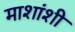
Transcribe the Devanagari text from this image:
माशांशी